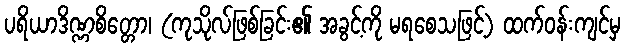
ပရိယာဒိဏ္ဏစိတ္တော၊ (ကုသိုလ်ဖြစ်ခြင်း၏ အခွင့်ကို မရစေသဖြင့်) ထက်ဝန်းကျင်မှ